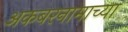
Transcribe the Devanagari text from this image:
अकबरनामाच्या